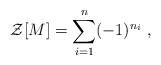
LaTeX: \begin{align*}{\cal Z}[M]= \sum_{i=1}^n (-1)^{n_i}\; ,\end{align*}